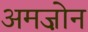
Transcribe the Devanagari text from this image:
अमज़ोन